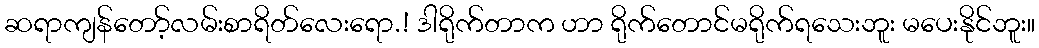
ဆရာကျန်တော့်လမ်းစာရိတ်လေးရော.! ဒါရိုက်တာက ဟာ ရိုက်တောင်မရိုက်ရသေးဘူး မပေးနိုင်ဘူး။